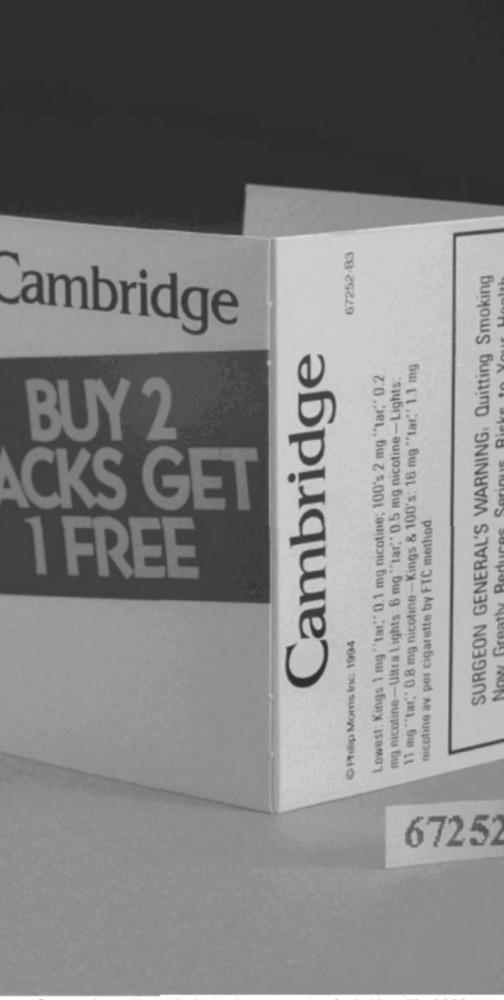
67252-B3
SURGEON GENERAL'S WARNING, Quitting Smoking
Cambridge
Cambridge
11 mg ""tar," 0.8 mg nicotine -Kings & 100's: 16 mg "*tar,"' 1.1 mg
Lowest: Kings 1 mg "'tar"" 0.1 mg nicotine; 100's 2 mg ""tar," 0.2
mg nicotine-Ultra Lights: 6 mg ""tar," 0.5 mg nicotine-Lights:
..
BUY 2
ori
ACKS GET
nicotine av. per cigarette by FTC method
Red
1 FREE
Now Greatly
O Philip Morris Inc. 1994
6725